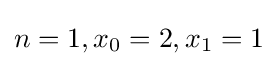
n=1,x_{0}=2,x_{1}=1